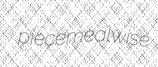
piecemealwise